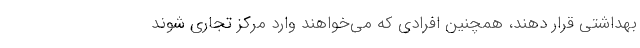
بهداشتی قرار دهند، همچنین افرادی که می‌خواهند وارد مرکز تجاری شوند